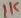
Text: 1K